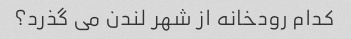
کدام رودخانه از شهر لندن می گذرد؟